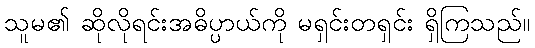
သူမ၏ ဆိုလိုရင်းအဓိပ္ပာယ်ကို မရှင်းတရှင်း ရှိကြသည်။